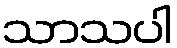
သာသပါ